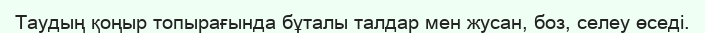
Таудың қоңыр топырағында бұталы талдар мен жусан, боз, селеу өседі.